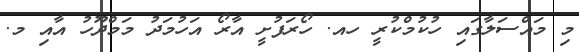
މި މައްސަލާގައި ހުކުމްކުރީ ހއ. ހޯރަފުށީ އާރޯ އަހުމަދު މަމްދޫހު އާއި މ.